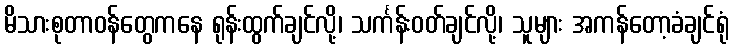
မိသားစုတာဝန်တွေကနေ ရုန်းထွက်ချင်လို့၊ သင်္ကန်းဝတ်ချင်လို့၊ သူများ အကန်တော့ခံချင်ရုံ